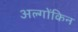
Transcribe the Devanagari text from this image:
अल्गोंकिन